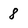
Character: 8